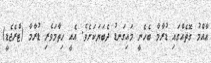
ޢާއްމު ގޮތެއްގައި ޑުރާމާ ބެހެނީ މައިގަނޑު ދެބަޔަކަށެވެ. އެއީ ހިތާމަވެރި ޑުރާމާ (ޓްރެޖެޑީ)